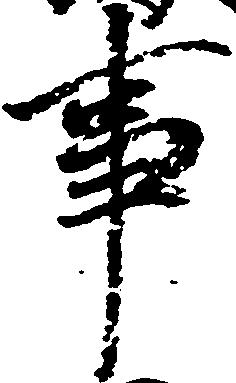
事